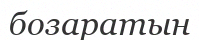
бозаратын